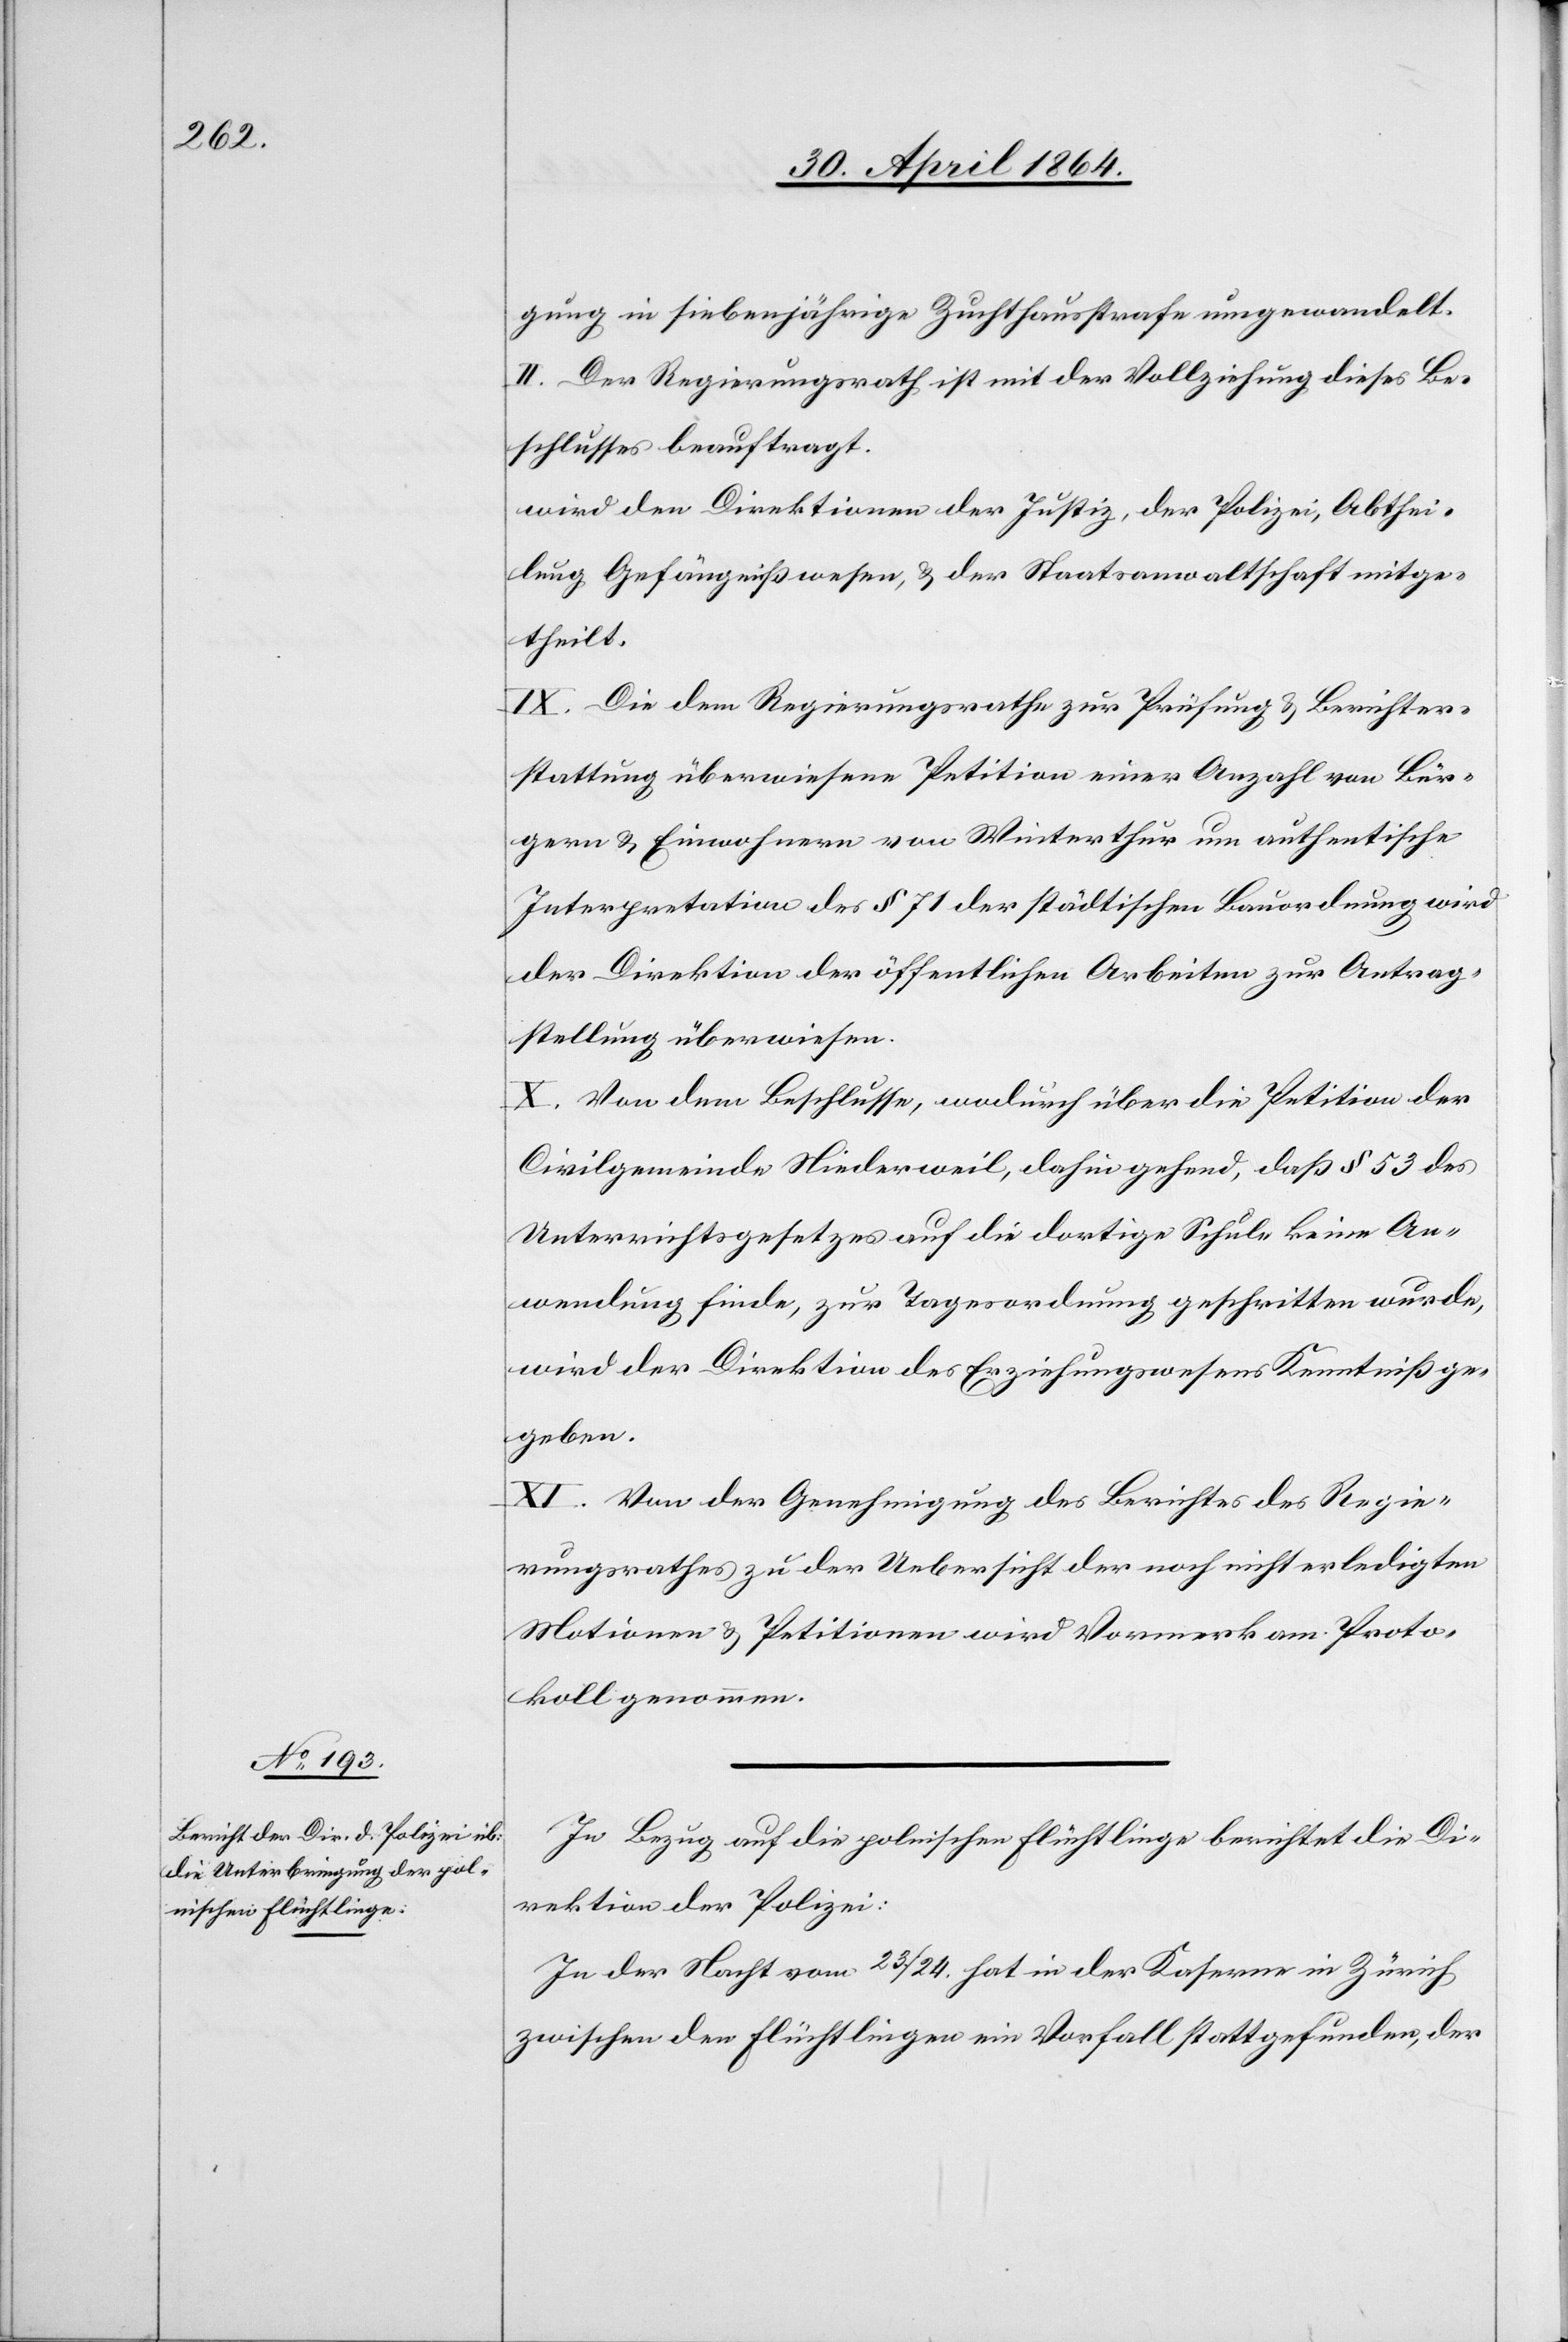
gung in siebenjährige Zuchthausstrafe umgewandelt.
II. Der Regierungsrath ist mit der Vollziehung dieses Be¬
schlusses beauftragt.
wird den Direktionen der Justiz, der Polizei, Abthei¬
lung Gefängnißwesen, u. der Staatsanwaltschaft mitge¬
theilt.
IX. Die dem Regierungsrathe zur Prüfung u. Berichter¬
stattung überwiesene Petition einer Anzahl von Bür¬
gern u. Einwohnern von Winterthur um authentische
Interpretation des § 71 der städtischen Bauordnung wird
der Direktion der öffentlichen Arbeiten zur Antrag¬
stellung überwiesen.
X. Von dem Beschlusse, wodurch über die Petition der
Civilgemeinde Niederweil, dahin gehend, daß § 53 des
Unterrichtsgesetzes auf die dortige Schule keine An¬
wendung finde, zur Tagesordnung geschritten wurde,
wird der Direktion des Erziehungswesens Kenntniß ge¬
geben.
XI. Von der Genehmigung des Berichtes des Regie¬
rungsrathes zu der Uebersicht der noch nicht erledigten
Motionen u. Petitionen wird Vormerk am Proto¬
koll genommen.
In Bezug auf die polnischen Flüchtlinge berichtet die Di¬
rektion der Polizei:
In der Nacht vom 23./24. hat in der Kaserne in Zürich
zwischen den Flüchtlingen ein Vorfall stattgefunden, der